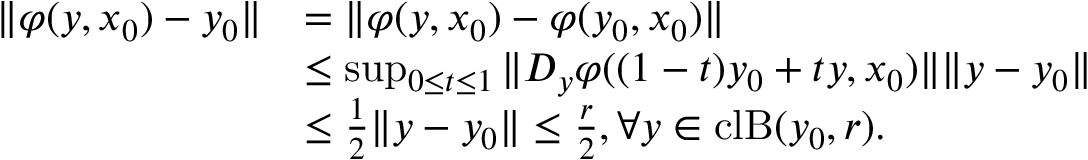
\begin{array} { r l } { \Vert \varphi ( y , x _ { 0 } ) - y _ { 0 } \Vert } & { = \Vert \varphi ( y , x _ { 0 } ) - \varphi ( y _ { 0 } , x _ { 0 } ) \Vert } \\ & { \leq \operatorname* { s u p } _ { 0 \leq t \leq 1 } \Vert D _ { y } \varphi ( ( 1 - t ) y _ { 0 } + t y , x _ { 0 } ) \Vert \Vert y - y _ { 0 } \Vert } \\ & { \leq \frac { 1 } { 2 } \Vert y - y _ { 0 } \Vert \leq \frac { r } { 2 } , \forall y \in \mathrm { c l } \mathrm { B } ( y _ { 0 } , r ) . } \end{array}